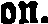
on.